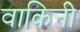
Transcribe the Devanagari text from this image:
वाकिनी